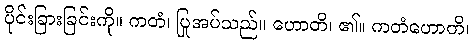
ပိုင်းခြားခြင်းကို။ ကတံ၊ ပြုအပ်သည်။ ဟောတိ၊ ၏။ ကတံဟောတိ၊